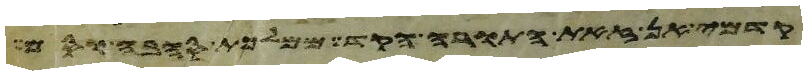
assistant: דמיה זאת תורת הילדת לזכר ולנקבה ואם